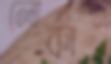
লোকান